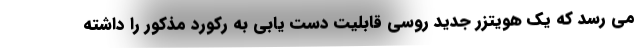
می رسد که یک هویتزر جدید روسی قابلیت دست یابی به رکورد مذکور را داشته